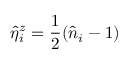
\hat { \eta } _ { i } ^ { z } = \frac { 1 } { 2 } ( \hat { n } _ { i } - 1 )